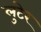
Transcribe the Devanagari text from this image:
लुटेर